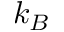
k _ { B }